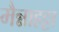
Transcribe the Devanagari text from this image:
मैन्नाहट्टा